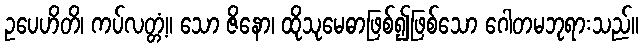
ဥပေဟိတိ၊ ကပ်လတ္တံ့။ သော ဇိနော၊ ထိုသုမေဓာဖြစ်၍ဖြစ်သော ဂေါတမဘုရားသည်။